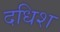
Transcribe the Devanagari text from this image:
दधिश